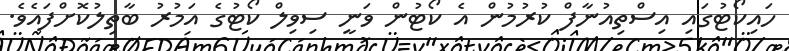
ހައިކޯޓުގައި އިސްތިއުނާފް ކުރުމުން އެ ކޯޓުން ވަނީ ސިވިލް ކޯޓުގެ އަމުރު ބާތިލުކޮށްފައެވެ.